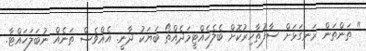
" ތަންތަން ރަނގަޅަށް ސާފުތާހިރުކޮށް ބެލެހެއްޓީމަދެއްތޯ ބަޔަކު ދާނީ. އެއްވެސް ތަނެއް ނުބަލަހައްޓާ.